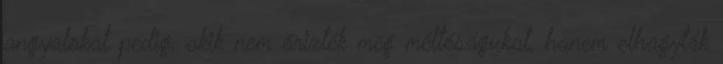
angyalokat pedig, akik nem őrizték meg méltóságukat, hanem elhagyták